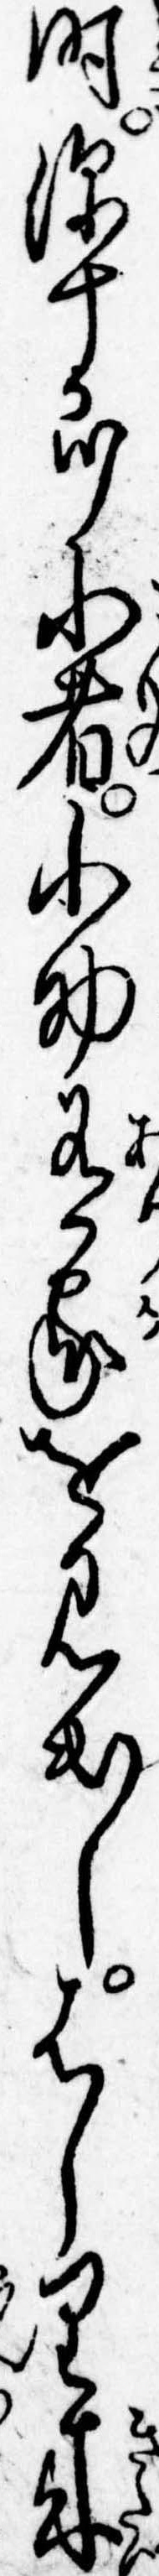
時源十郎小者小助有家を見出しはしり来